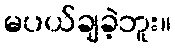
မပယ်ချခဲ့ဘူး။